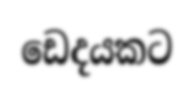
ඩෙදයකට